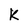
Character: K